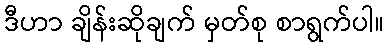
ဒီဟာ ချိန်းဆိုချက် မှတ်စု စာရွက်ပါ။